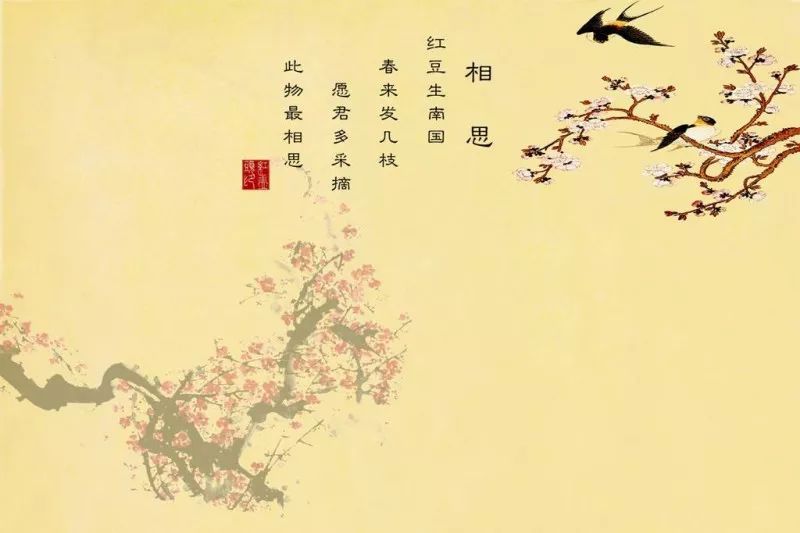
愿君多采撷，此物最相思。